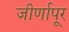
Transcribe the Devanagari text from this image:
जीर्णापूर